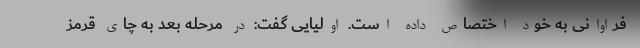
فراوانی به خود اختصاص داده است. اولیایی گفت: در مرحله بعد به چای قرمز